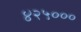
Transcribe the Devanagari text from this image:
४२५०००